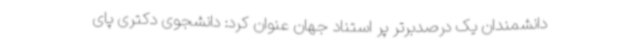
دانشمندان یک درصدبرتر پر استناد جهان عنوان کرد: دانشجوی دکتری پای